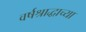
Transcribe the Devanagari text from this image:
वर्षश्राद्धाच्या